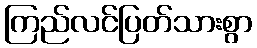
ကြည်လင်ပြတ်သားစွာ